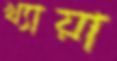
খ্যায়া